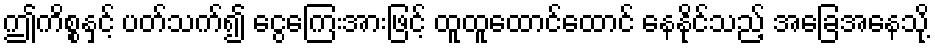
ဤကိစ္စနှင့် ပတ်သက်၍ ငွေကြေးအားဖြင့် ထူထူထောင်ထောင် နေနိုင်သည့် အခြေအနေသို့